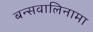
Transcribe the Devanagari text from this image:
बन्सवालिनामा